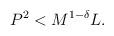
LaTeX: \begin{align*}P^2<M^{1-\delta}L.\end{align*}